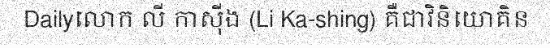
Dailyលោក លី កាស៊ីង (Li Ka-shing) គឺជាវិនិយោគិន